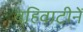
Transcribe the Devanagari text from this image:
वहिवाटीनें